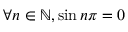
\forall n \in \mathbb { N } , \sin n \pi = 0